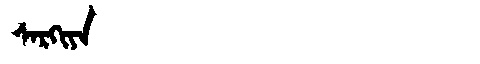
Manchu: ᠰᠠᡵᡴᡳᠶᠠ
Romanization: SARKIYA